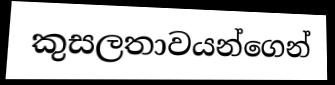
කුසලතාවයන්ගෙන්